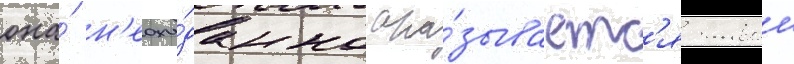
она́ н'еожи́данно ока́зываетс'я живои